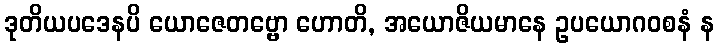
ဒုတိယပဒေနပိ ယောဇေတဗ္ဗော ဟောတိ, အယောဇိယမာနေ ဥပယောဂဝစနံ န